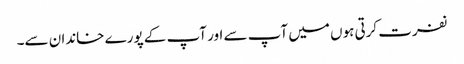
نفرت کرتی ہوں میں آپ سے اور آپ کے پورے خاندان سے۔